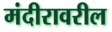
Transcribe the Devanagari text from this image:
मंदीरावरील